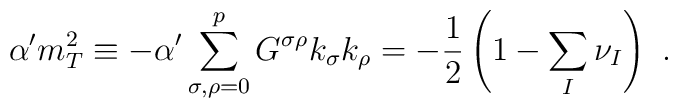
\alpha^{\prime}m_{T}^{2} \equiv -\alpha^{\prime} \sum_{\sigma,\rho=0}^pG^{\sigma\rho}k_{\sigma}k_{\rho} =-\frac{1}{2} \left(1-\sum_{I}\nu_{I} \right)~.